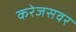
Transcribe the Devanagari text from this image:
करेजसवर